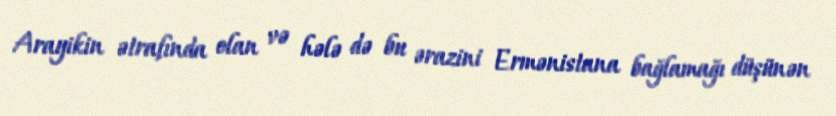
Arayikin ətrafında olan və hələ də bu ərazini Ermənistana bağlamağı düşünən